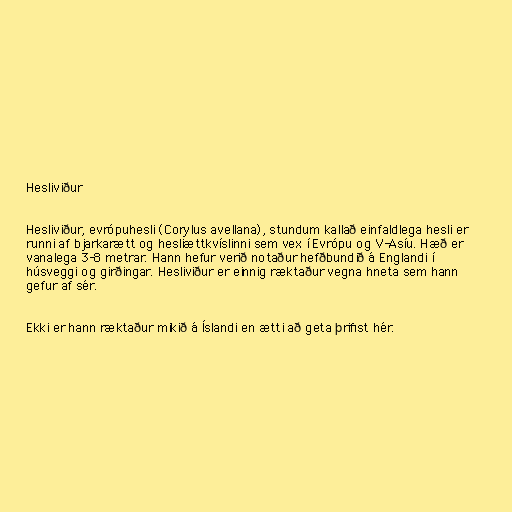
Hesliviður

Hesliviður, evrópuhesli (Corylus avellana), stundum kallað einfaldlega hesli er
runni af bjarkarætt og hesliættkvíslinni sem vex í Evrópu og V-Asíu. Hæð er
vanalega 3-8 metrar. Hann hefur verið notaður hefðbundið á Englandi í
húsveggi og girðingar. Hesliviður er einnig ræktaður vegna hneta sem hann
gefur af sér.

Ekki er hann ræktaður mikið á Íslandi en ætti að geta þrifist hér.